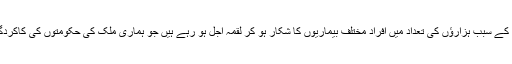
وہیں پر صفائی ستھرائی نہ ہونے کے سبب ہزارؤں کی تعداد میں افراد مختلف بیماریوں کا شکار ہو کر لقمہ اجل ہو رہے ہیں جو ہماری ملک کی حکومتوں کی کاکردگی پر سوالیہ نشان لگے ہوئے ہیں۔